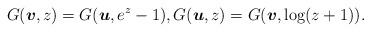
LaTeX: \begin{align*}G(\boldsymbol{v},z)=G(\boldsymbol{u},e^z-1),G(\boldsymbol{u},z)=G(\boldsymbol{v},\log (z+1)).\end{align*}